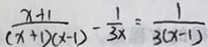
\frac { x + 1 } { ( x + 1 ) ( x - 1 ) } - \frac { 1 } { 3 x } = \frac { 1 } { 3 ( x - 1 ) }